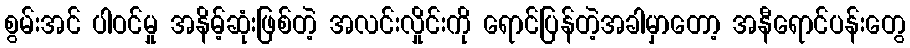
စွမ်းအင် ပါဝင်မှု အနိမ့်ဆုံးဖြစ်တဲ့ အလင်းလှိုင်းကို ရောင်ပြန်တဲ့အခါမှာတော့ အနီရောင်ပန်းတွေ